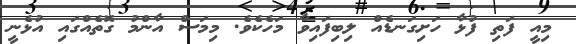
މިއީ ފަތި ފުޅާ ހަށިގަނޑެއް ލިބިފައިވާ މަހެކެވެ. މިމަސް އާންމު ގޮތެއްގައި އުޅެނީ